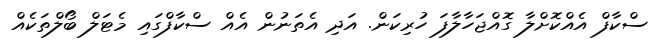
ސްކާފް އެއްކޮށްލާ ގޮއްޖަހާލާފަ ހުރިކަން. އަދި އެތަނުން އެއް ސްކާފްގައި މެޓަލް ބޯލްތަކެއް